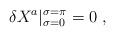
LaTeX: \begin{align*}\delta X^a\vert^{\sigma=\pi}_{\sigma=0} =0 \ ,\end{align*}